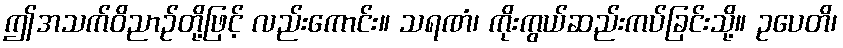
ဤအသက်ဝိညာဉ်တို့ဖြင့် လည်းကောင်း။ သရဏံ၊ ကိုးကွယ်ဆည်းကပ်ခြင်းသို့။ ဥပေတိ၊